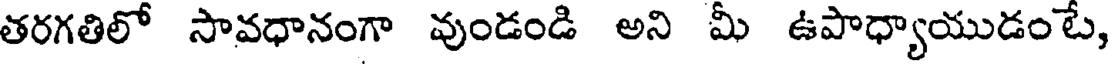
తరగతిలో సావధానంగా వుండండి అని మీ ఉపాధ్యాయుడంటే,